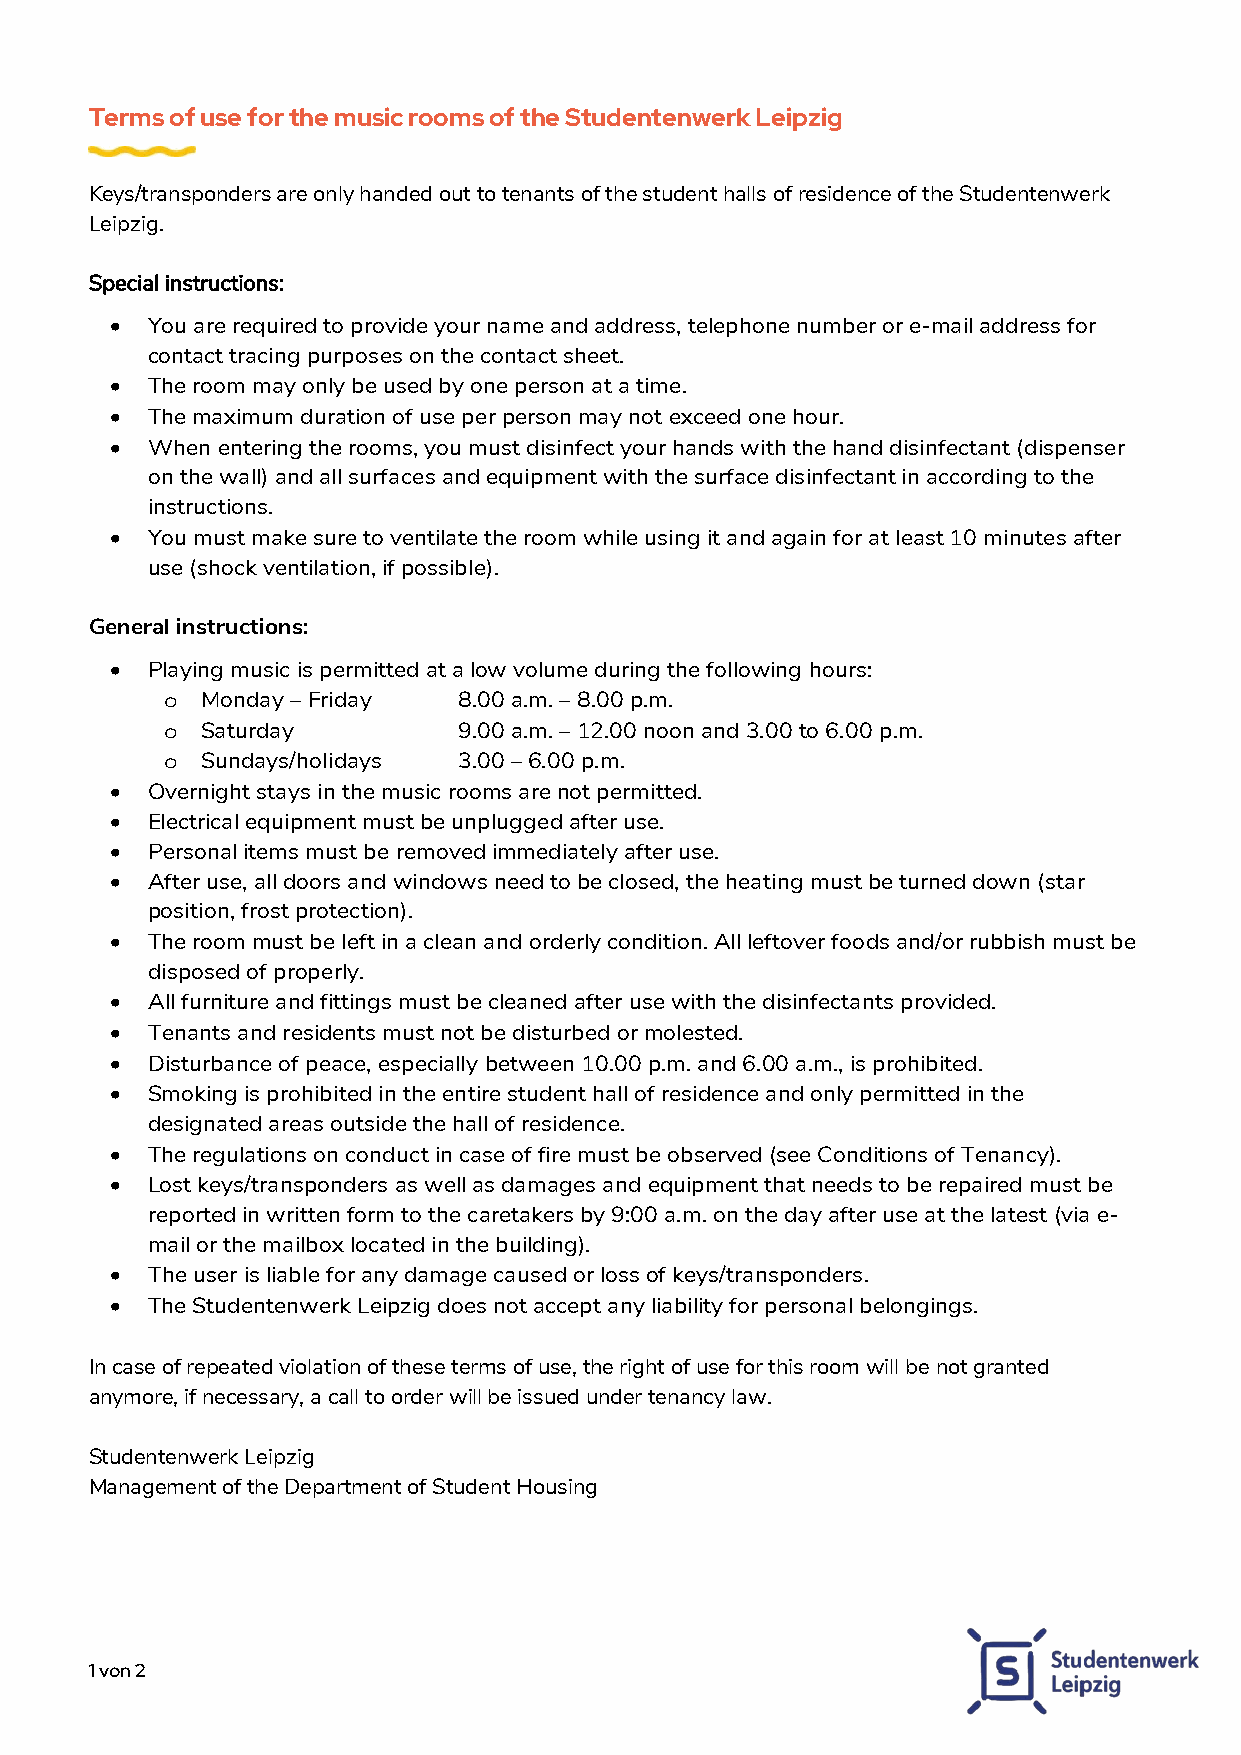
Terms of use for the music rooms of the Studentenwerk Leipzig
 Keys/transponders are only handed out to tenants of the student halls of residence of the Studentenwerk
 Leipzig.
 Special instructions:
 •  You are required to provide your name and address, telephone number or e-mail address for
 contact tracing purposes on the contact sheet.
 •  The room may only be used by one person at a time.
 •  The maximum duration of use per person may not exceed one hour.
 •  When entering the rooms, you must disinfect your hands with the hand disinfectant (dispenser
 on the wall) and all surfaces and equipment with the surface disinfectant in according to the
 instructions.
 •  You must make sure to ventilate the room while using it and again for at least 10 minutes after
 use (shock ventilation, if possible).
 General instructions:
 •  Playing music is permitted at a low volume during the following hours:
 Monday – Friday  8.00 a.m. – 8.00 p.m.
 o
 Saturday         9.00 a.m. – 12.00 noon and 3.00 to 6.00 p.m.
 o
 Sundays/holidays 3.00 – 6.00 p.m.
 o
 •  Overnight stays in the music rooms are not permitted.
 •  Electrical equipment must be unplugged after use.
 •  Personal items must be removed immediately after use.
 •  After use, all doors and windows need to be closed, the heating must be turned down (star
 position, frost protection).
 •  The room must be left in a clean and orderly condition. All leftover foods and/or rubbish must be
 disposed of properly.
 •  All furniture and fittings must be cleaned after use with the disinfectants provided.
 •  Tenants and residents must not be disturbed or molested.
 •  Disturbance of peace, especially between 10.00 p.m. and 6.00 a.m., is prohibited.
 •  Smoking is prohibited in the entire student hall of residence and only permitted in the
 designated areas outside the hall of residence.
 •  The regulations on conduct in case of fire must be observed (see Conditions of Tenancy).
 •  Lost keys/transponders as well as damages and equipment that needs to be repaired must be
 reported in written form to the caretakers by 9:00 a.m. on the day after use at the latest (via e-
 mail or the mailbox located in the building).
 •  The user is liable for any damage caused or loss of keys/transponders.
 •  The Studentenwerk Leipzig does not accept any liability for personal belongings.
 In case of repeated violation of these terms of use, the right of use for this room will be not granted
 anymore, if necessary, a call to order will be issued under tenancy law.
 Studentenwerk Leipzig
 Management of the Department of Student Housing
 1 von 2